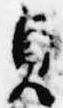
貞